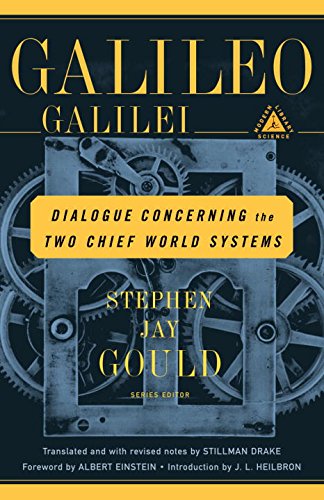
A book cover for Dialogue Concerning the Two Chief World Systems: Ptolemaic and Copernican; Galileo Galilei; Science & Math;